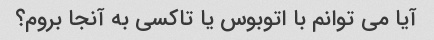
آیا می توانم با اتوبوس یا تاکسی به آنجا بروم؟